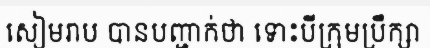
សៀមរាប បានបញ្ជាក់ថា ទោះបីក្រុមប្រឹក្សា